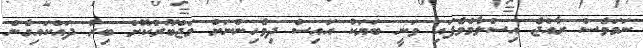
ނަމަވެސް ރާއްޖެ އިސްލާމްވެފައި ވަނީ ބަޔަކު އައިސް ދިވެހިންނަށް މަޖްބޫރުކޮށް ބިރު ދައްކައިގެން